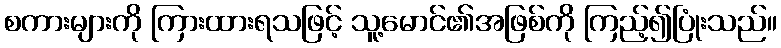
စကားများကို ကြားထားရသဖြင့် သူ့မောင်၏အဖြစ်ကို ကြည့်၍ပြုံးသည်။